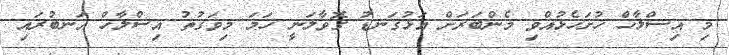
މި އިސްލާހް ހުށަހެޅުއްވި މެންބަރަށް އަޅުގަނޑު ގޮވާލަނީ ހަމަ މިވަގުތު އިސްލާހް އަނބުރައި